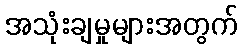
အသုံးချမှုများအတွက်